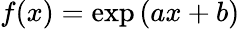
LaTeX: f(x)=\exp{(ax+b)}